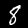
Digit: 8